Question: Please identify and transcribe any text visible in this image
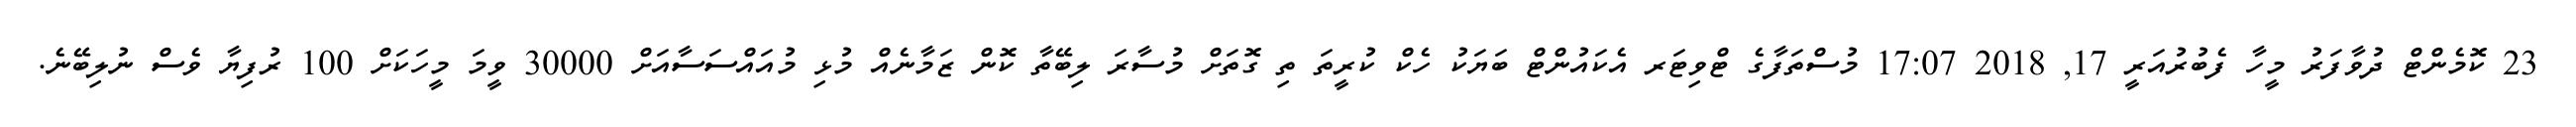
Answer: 23 ކޮމެންޓް ދުވާފަރު މީހާ ފެބުރުއަރީ 17, 2018 17:07 މުސްތަފާގެ ޓްވިޓަރ އެކައުންޓް ބަޔަކު ހެކް ކުރީތަ ތި ގޮތަށް މުސާރަ ލިބޭތާ ކޮން ޒަމާނެއް މުޅި މުއައްސަސާއަށް 30000 ވީމަ މީހަކަށް 100 ރުފިޔާ ވެސް ނުލިބޭނެ.